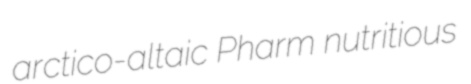
arctico-altaic Pharm nutritious